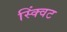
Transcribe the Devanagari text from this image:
स्क्विंट